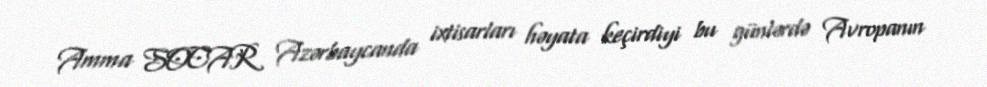
Amma SOCAR Azərbaycanda ixtisarları həyata keçirdiyi bu günlərdə Avropanın